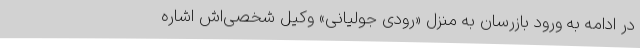
در ادامه به ورود بازرسان به منزل «رودی جولیانی» وکیل شخصی‌اش اشاره